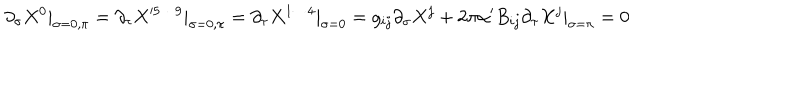
LaTeX: \partial _ { \sigma } X ^ { 0 } | _ { \sigma = 0 , \pi } = \partial _ { \tau } X ^ { 5 \cdots 9 } | _ { \sigma = 0 , \pi } = \partial _ { \tau } X ^ { 1 \cdots 4 } | _ { \sigma = 0 } = g _ { i j } \partial _ { \sigma } X ^ { j } + 2 \pi \alpha ^ { \prime } B _ { i j } \partial _ { \tau } X ^ { j } | _ { \sigma = \pi } = 0